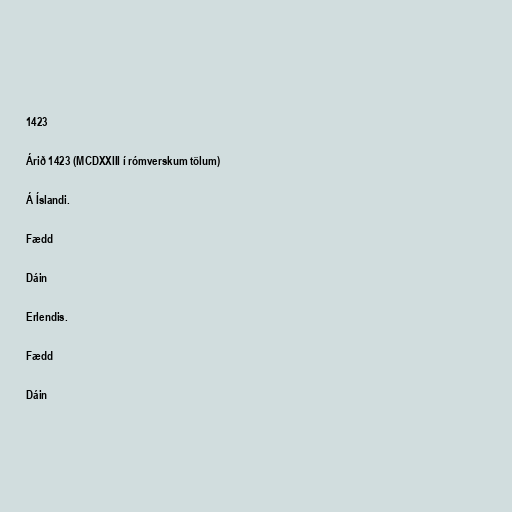
1423

Árið 1423 (MCDXXIII í rómverskum tölum)

Á Íslandi.

Fædd

Dáin

Erlendis.

Fædd

Dáin